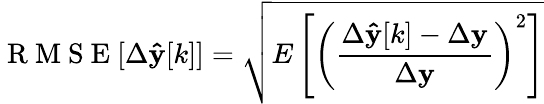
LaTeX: \mathrm{~R~M~S~E~}[\Delta\mathbf{\hat{y}}[k]]=\sqrt{E\left[\left(\frac{\Delta\mathbf{\hat{y}}[k]-\Delta\mathbf{y}}{\Delta\mathbf{y}}\right)^{2}\right]}